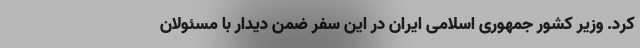
کرد. وزیر کشور جمهوری اسلامی ایران در این سفر ضمن دیدار با مسئولان